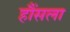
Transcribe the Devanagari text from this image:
हौंसला